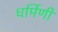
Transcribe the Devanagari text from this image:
धर्मिणी